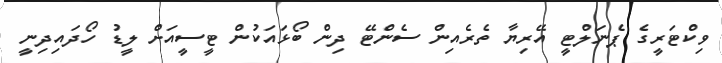
ވިކްޓަރީގެ ޕެނަލްޓީ އޭރިޔާ ތެރެއިން ސެންޓޭ ދިން ބޯޅައަކުން ޓީސީއަށް ލީޑު ހޯދައިދިނީ